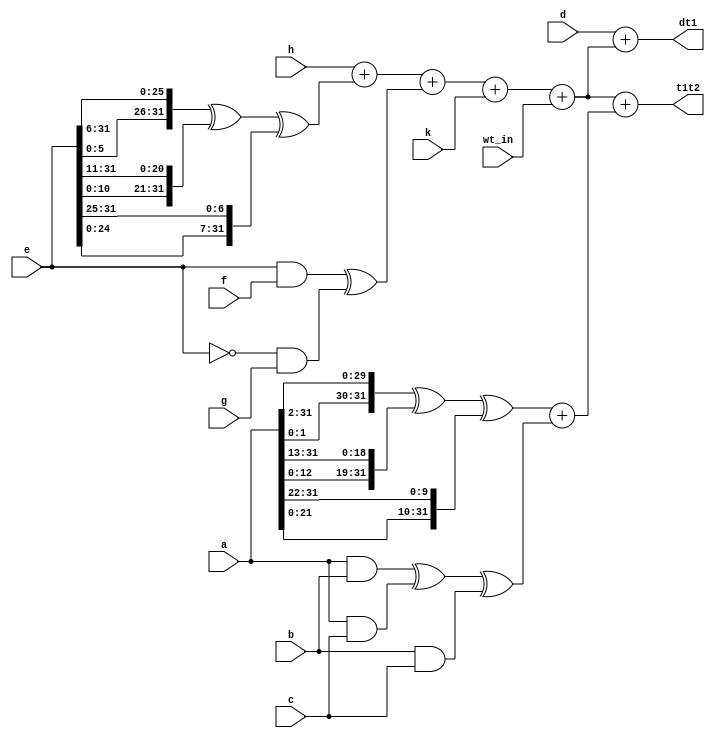
module m1_comby (

input wire [31:0]	a,
input wire [31:0]	b,
input wire [31:0]	c,
input wire [31:0]	d,
input wire [31:0]	e,
input wire [31:0]	f,
input wire [31:0]	g,
input wire [31:0]	h,
input wire [31:0]	k,
input wire [31:0]	wt_in,
//
output wire [31:0] t1t2,
output wire [31:0] dt1
);
//
wire [31:0]	t1;
wire [31:0]	t2;
wire [31:0]	big_sigma0;
wire [31:0]	big_sigma1;
wire [31:0]	ch;
wire [31:0]	maj;



assign t1 = h + big_sigma1 + ch + k + wt_in;//
assign t2 = big_sigma0 + maj;
assign t1t2 = t1 + t2;
assign dt1 = d + t1;
//
assign big_sigma0 = {a[1:0],a[31:2]} ^ {a[12:0],a[31:13]} ^ {a[21:0],a[31:22]};
assign big_sigma1 = {e[5:0],e[31:6]} ^ {e[10:0],e[31:11]} ^ {e[24:0],e[31:25]};
//
assign ch = (e & f) ^ (~e & g);
assign maj = (a & b) ^ (a & c) ^ (b & c);


endmodule